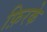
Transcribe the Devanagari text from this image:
फ़िरके